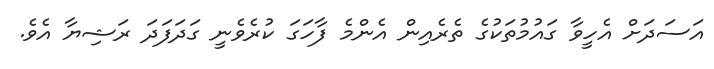
އަސަދަށް އެހީވާ ގައުމުތަކުގެ ތެރެއިން އެންމެ ފާހަގަ ކުރެވެނީ ގަދަފަދަ ރަޝިޔާ އެވެ.